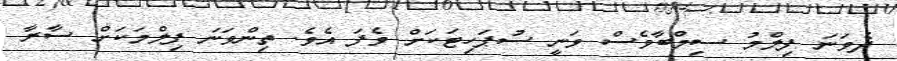
ދެވަނަ ފިލްމު ސިމްބާވެސް ވަނީ ސުޕަހިޓަކަށް ވެފަ އެވެ. ތިންވަނަ ފިލްމަކަށް ސާރާ